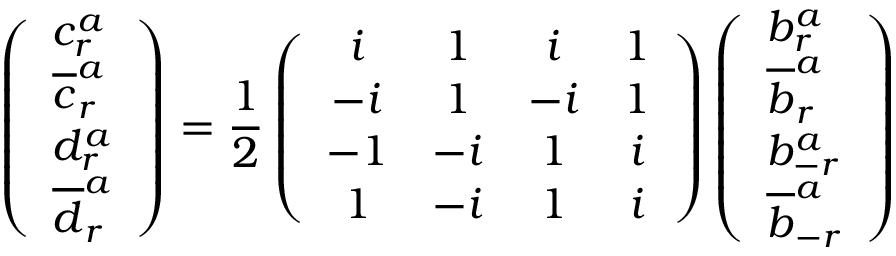
\left( \begin{array} { l } { { c _ { r } ^ { a } } } \\ { { \overline { { { c } } } _ { r } ^ { a } } } \\ { { d _ { r } ^ { a } } } \\ { { \overline { { { d } } } _ { r } ^ { a } } } \end{array} \right) = \frac { 1 } { 2 } \left( \begin{array} { c c c c } { { i } } & { { 1 } } & { { i } } & { { 1 } } \\ { { - i } } & { { 1 } } & { { - i } } & { { 1 } } \\ { { - 1 } } & { { - i } } & { { 1 } } & { { i } } \\ { { 1 } } & { { - i } } & { { 1 } } & { { i } } \end{array} \right) \left( \begin{array} { l } { { b _ { r } ^ { a } } } \\ { { \overline { { { b } } } _ { r } ^ { a } } } \\ { { b _ { - r } ^ { a } } } \\ { { \overline { { { b } } } _ { - r } ^ { a } } } \end{array} \right)